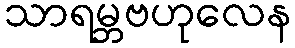
သာရမ္ဘဗဟုလေန